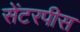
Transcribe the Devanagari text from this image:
सेंटरपीस